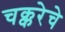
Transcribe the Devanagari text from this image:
चक्करेचे